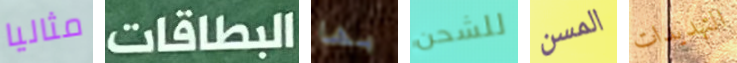
مثاليا البطاقات بها للشحن المسن التهديدات